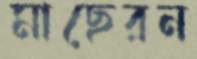
মাছেরন